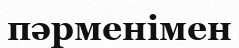
пәрменімен